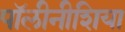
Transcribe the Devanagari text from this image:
पॉलीनीशिया